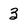
Character: 3